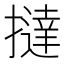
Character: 撻